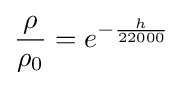
{\frac {\rho }{\rho _{0}}}=e^{-{\frac {h}{22000}}}